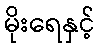
မိုးရေနှင့်